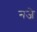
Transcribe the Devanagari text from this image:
नजे